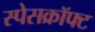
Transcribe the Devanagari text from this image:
स्पेसक्रॉफ्ट